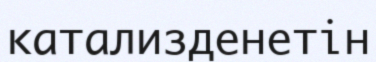
катализденетін